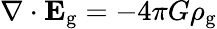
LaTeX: \nabla\cdot\mathbf{E}_{\mathrm{g}}=-4\pi G\rho_{\mathrm{g}}